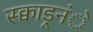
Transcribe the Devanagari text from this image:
स्क्वाड्रनंे